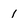
Character: 1